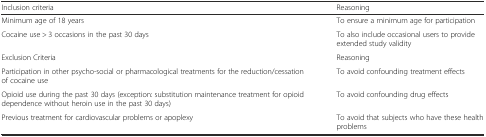
<table><thead><tr><td><b>Inclusion criteria</b></td><td><b>Reasoning</b></td></tr></thead><tbody><tr><td>Minimum age of 18 years</td><td>To ensure a minimum age for participation</td></tr><tr><td>Cocaine use &gt; 3 occasions in the past 30 days</td><td>To also include occasional users to provide extended study validity</td></tr><tr><td>Exclusion Criteria</td><td>Reasoning</td></tr><tr><td>Participation in other psycho-social or pharmacological treatments for the reduction/cessation of cocaine use</td><td>To avoid confounding treatment effects</td></tr><tr><td>Opioid use during the past 30 days (exception: substitution maintenance treatment for opioid dependence without heroin use in the past 30 days)</td><td>To avoid confounding drug effects</td></tr><tr><td>Previous treatment for cardiovascular problems or apoplexy</td><td>To avoid that subjects who have these health problems</td></tr></tbody></table>